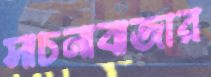
সাচনাবাজার